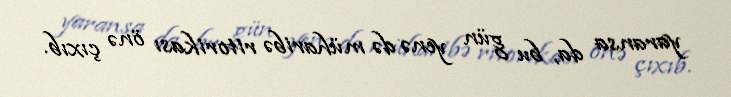
yaransa da, bu gün yenə də müharibə ritorikası önə çıxıb.